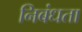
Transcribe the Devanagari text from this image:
निबंधता